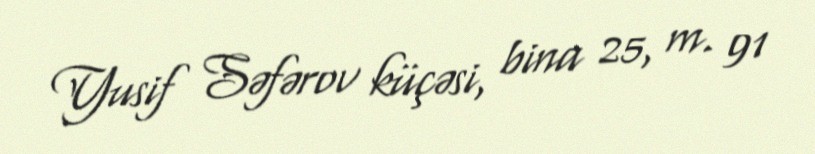
Yusif Səfərov küçəsi, bina 25, m. 91